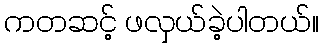
ကတဆင့် ဖလှယ်ခဲ့ပါတယ်။